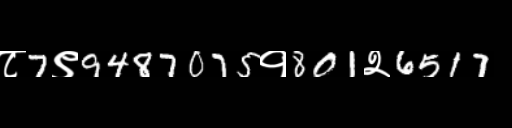
Text: ८7९9487075१801२6517